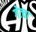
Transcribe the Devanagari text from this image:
गेत्चा